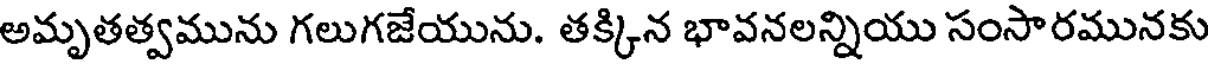
అమృతత్వమును గలుగజేయును. తక్కిన భావనలన్నియు సంసారమునకు